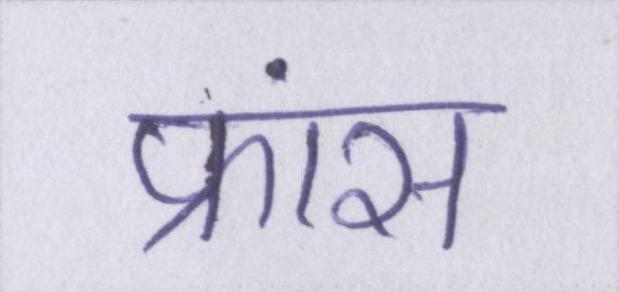
फ्रांस